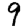
Digit: 9